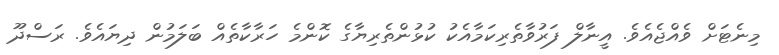
މިނެޓަށް ވެއްޖެއެވެ. އީނާލް ފަރުވާތެރިކަމާއެކު ކުޅުންތެރިޔާގެ ކޮންމެ ހަރާކާތެއް ބަލަމުން ދިޔައެވެ. ރަސްދޫ